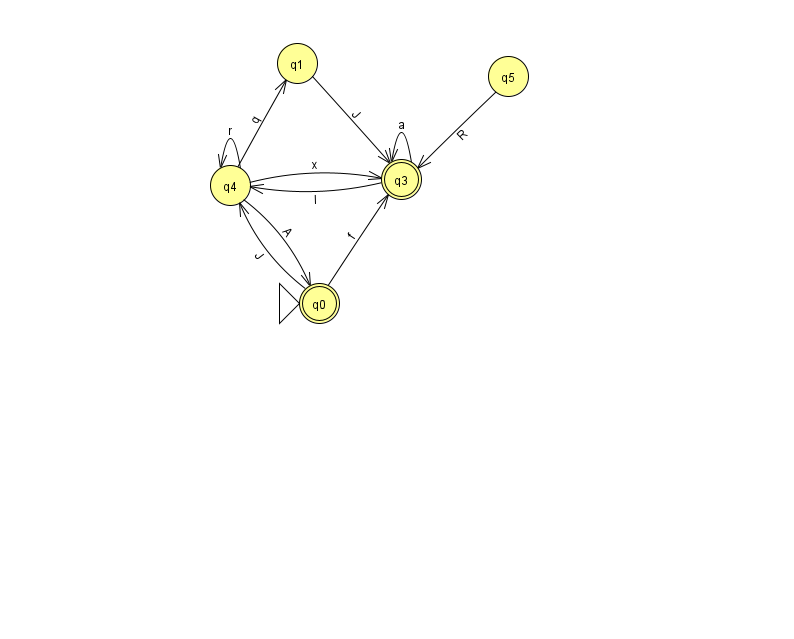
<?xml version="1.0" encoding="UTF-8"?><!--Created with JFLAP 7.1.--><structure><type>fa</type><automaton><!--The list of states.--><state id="0" name="q0"><x>319.0</x><y>290.0</y><initial/><final/></state><state id="1" name="q1"><x>297.0</x><y>50.0</y></state><state id="3" name="q3"><x>401.0</x><y>166.0</y><final/></state><state id="4" name="q4"><x>230.0</x><y>172.0</y></state><state id="5" name="q5"><x>508.0</x><y>63.0</y></state><!--The list of transitions.--><transition><from>1</from><to>3</to><read>J</read></transition><transition><from>3</from><to>3</to><read>a</read></transition><transition><from>4</from><to>1</to><read>q</read></transition><transition><from>4</from><to>4</to><read>r</read></transition><transition><from>4</from><to>3</to><read>x</read></transition><transition><from>3</from><to>4</to><read>l</read></transition><transition><from>4</from><to>0</to><read>A</read></transition><transition><from>5</from><to>3</to><read>R</read></transition><transition><from>0</from><to>3</to><read>f</read></transition><transition><from>0</from><to>4</to><read>J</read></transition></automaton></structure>